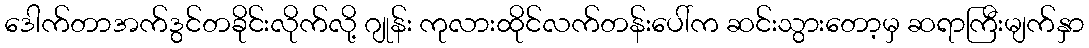
ဒေါက်တာအက်ဒွင်တခိုင်းလိုက်လို့ ဂျုန်း ကုလားထိုင်လက်တန်းပေါ်က ဆင်းသွားတော့မှ ဆရာကြီးမျက်နှာ